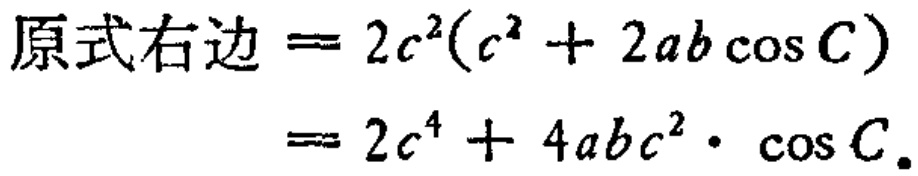
\[
\begin{align*}
原式右边&= 2c^{2}(c^{2}+2ab\cos C)\\
&= 2c^{4}+4abc^{2}\cdot\cos C.
\end{align*}
\]